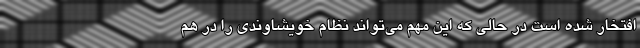
افتخار شده است در حالی که این مهم می‌تواند نظام خویشاوندی را در هم